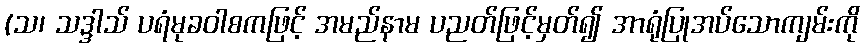
(သ၊ သဒ္ဒါသ် ပရံမုခဝါစကဖြင့် အမည်နာမ ပညတ်ဖြင့်မှတ်၍ အာရုံပြုအပ်သောကျမ်းကို